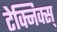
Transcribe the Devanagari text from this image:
टेक्निक्स्